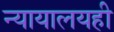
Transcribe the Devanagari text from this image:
न्यायालयही